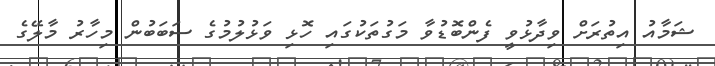
ޝަމާއު އިތުރަށް ވިދާޅުވީ ފެންބޮޑުވާ މަގުތަކުގައި ހޮޅި ވަޅުލުމުގެ ސަބަބުން މިހާރު މާލޭގެ